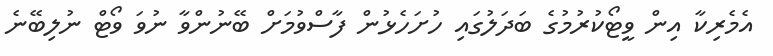
އެމެރިކާ އިން ވީޓޯކުރުމުގެ ބަދަލުގައި ހުށަހެޅުން ފާސްވުމަށް ބޭނުންވާ ނުވަ ވޯޓް ނުލިބޭނެ